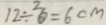
1 2 \div ^ { 2 } 6 = 6 0 C M